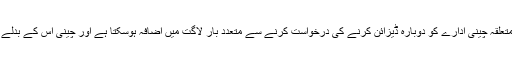
افسران نے حکومت کو یہ تاثر دیا کہ متعلقہ چینی ادارے کو دوبارہ ڈیزائن کرنے کی درخواست کرنے سے متعدد بار لاگت میں اضافہ ہوسکتا ہے اور چینی اس کے بدلے میں دیگر مطالبات بھی کرسکتے ہیں۔